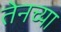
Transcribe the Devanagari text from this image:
तेनच्या